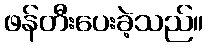
ဖန်တီးပေးခဲ့သည်။